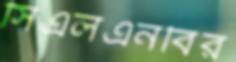
সিএলএনবির